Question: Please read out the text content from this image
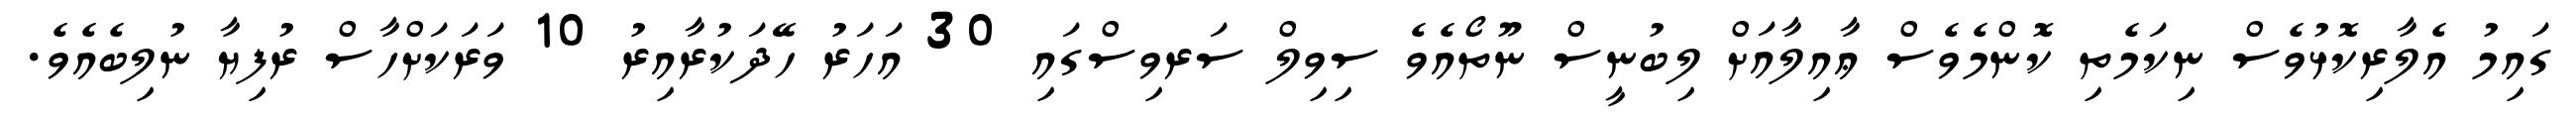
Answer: ގައިމު އެލާރިކޮޅުވެސް ނިކަމެތި ކޮންމެވެސް ޢާއިލާއަށް ލިބުނީސް ނޫތޯއެވެ ސިވިލް ސަރވިސްގައި 30 އަހަރު ހޭދަކުރާއިރު 10 ވަރަކަށްހާސް ރުފިޔާ ނުލިބެއެވެ.